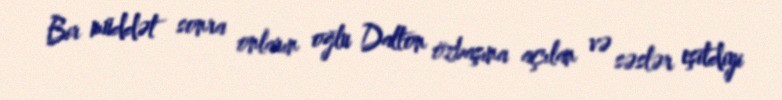
Bir müddət sonra onların oğlu Dalton özbaşına açılan və səslər eşitdiyi